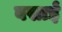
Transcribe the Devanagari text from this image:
बसाईं